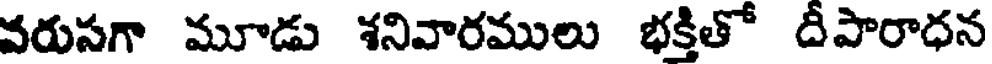
వరుసగా మూడు శనివారములు భక్తితో దీపారాధన